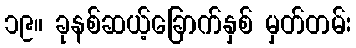
၁၉။ ခုနစ်ဆယ့်ခြောက်နှစ် မှတ်တမ်း